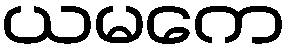
ယမကေ